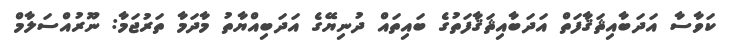
ކަވާސާ އަދަބާއިޘަޤާފަތް އަދަބާއިޘަޤާފަތުގެ ބައިތައް ދުނިޔޭގެ އަދަބިއްޔާތު މާދަމާ ތަރުޖަމާ: ނޫރުއްސަލާމް